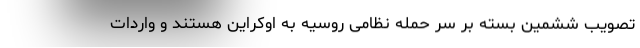
تصویب ششمین بسته بر سر حمله نظامی روسیه به اوکراین هستند و واردات